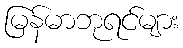
မြန်မာဘုရင်များ